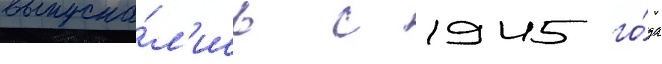
выпуска́л'ись с 1945 го́да